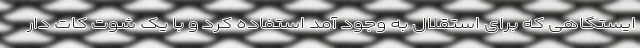
ایستگاهی که برای استقلال به وجود آمد استفاده کرد و با یک شوت کات دار